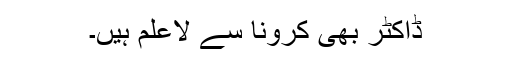
ڈاکٹر بھی کرونا سے لاعلم ہیں۔